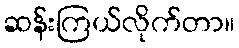
ဆန်းကြယ်လိုက်တာ။